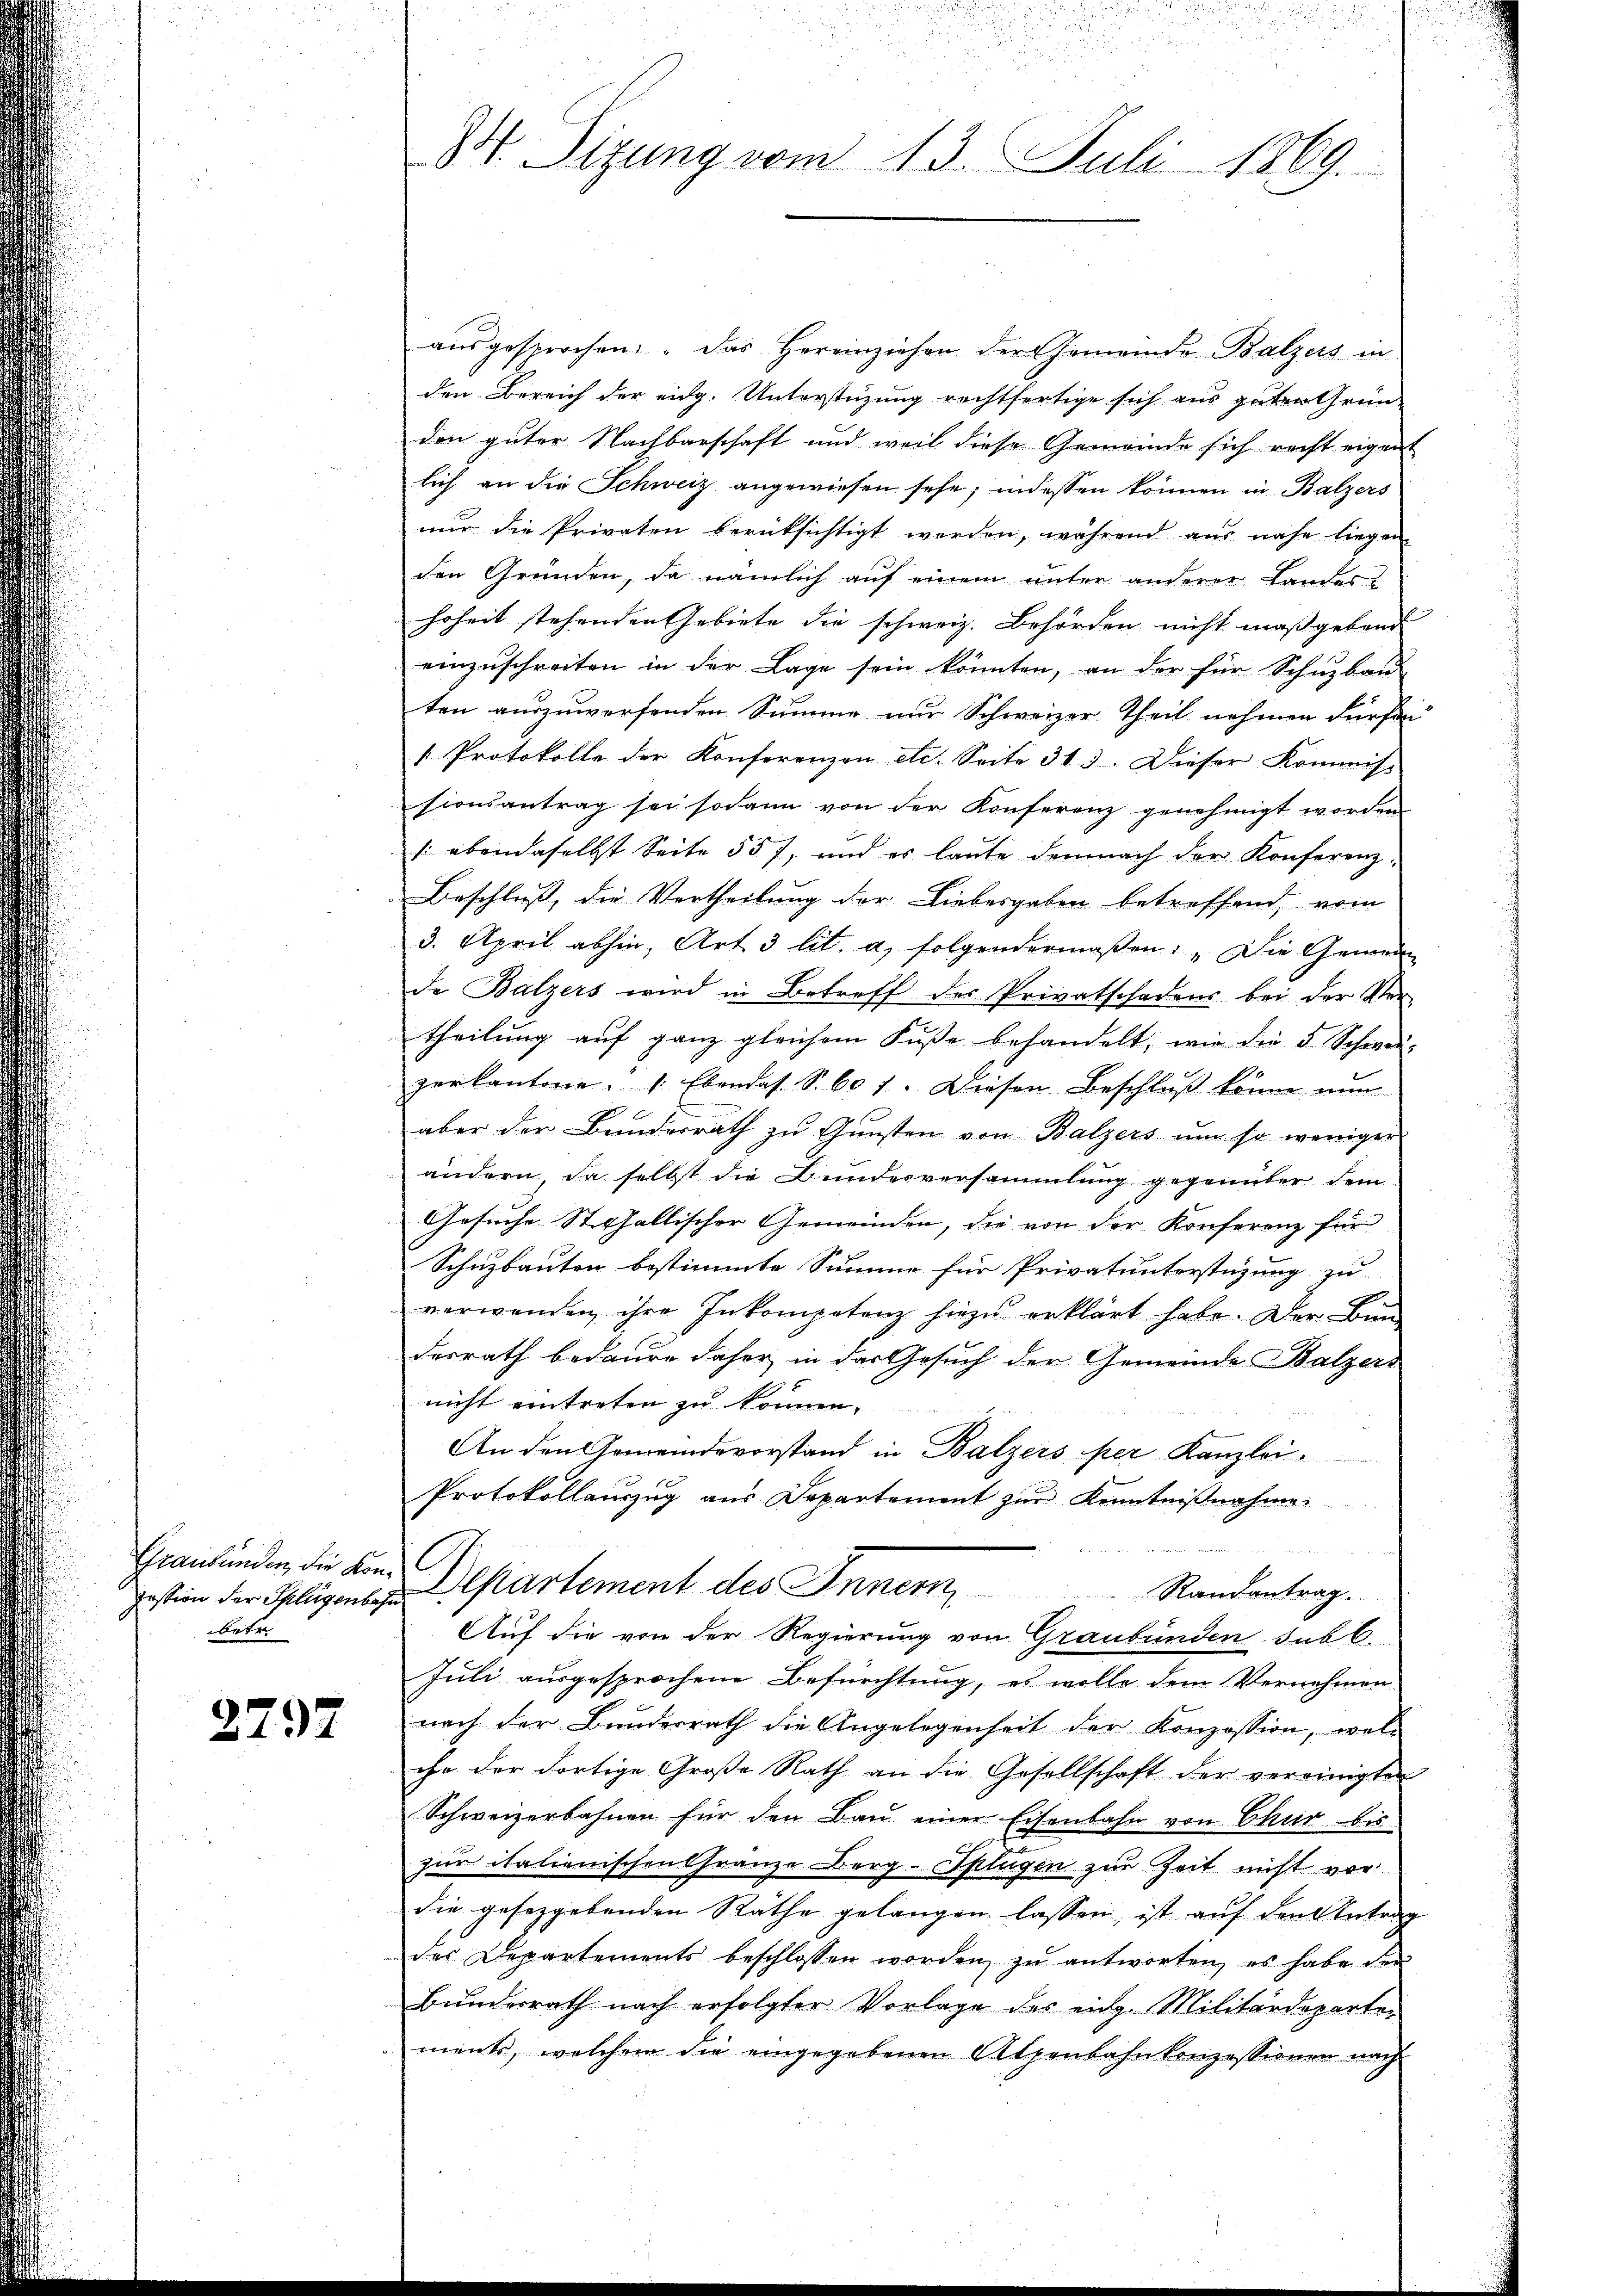
Graubünden, die Konzession der Splügenbahn
betr.

2797

M. Sizung vom 13. Juli 1869.

ausgesprochen: "Das Hereinziehen der Gemeinde Balzers in
den Bereich der eidg. Unterstüzung rechtfertige sich aus guten Grün-
den guter Nachbarschaft und weil diese Gemeinde sich recht eigent
lich an die Schweiz angewiesen sehe; indessen können in Balzers
nur die Privaten berüksichtigt werden, während aus nahe liegen
den Grunden, da nämlich auf einem unter anderer Landes-
hoheit stehenden Gebiete die schweiz. Behörden nicht maßgebend
einzŭschreiten in der Lage sein könnten, an der für Schŭbaŭ
ten auszuwerfenden Summe nur Schweizer Theil nehmen dürfen
[Protokolle der Konferenzen etc. Seite 313. Dieser Kommis-
sionsantrag sei sodann von der Konferenz genehmigt worden
(ebendaselbst Seite 557, und es laute demnach der Konferenz¬
Beschluß, die Vertheilung der Liebesgaben betreffend vom
3. April abhin, Art. 3 lit. a, folgendermaßen: „Die Gemein
de Balzers wird in Betreff des Privatschadens bei der Ver-
theilŭng aŭf ganz gleichem Fŭβe behandelt, wie die 5 Schwei-
zerkantone. Ebendas. S. 601. Diesen Beschluß könne nun
aber der Bundesrath zu Gunsten von Balzers um so weniger
ändern, da selbst die Bundesversammlung gegenüber dem
Gesuche Stefallischer Gemeinden, die von der Konferenz für
Schuzbauten bestimmte Summe für Privatunterstüzung zu
verwenden ihre Inkompetenz hiezu erklärt habe. Der Bund
desrath bedaure daher in das Gesuch der Gemeinde Balzers
nicht eintreten zu können.
An den Gemeindevorstand in Balzers per Kanzlei.
Protokollauszug aus Departement zur Kenntnißnahme
Departement des Innem,
Randantrag.
Auf die von der Regierung von Graubünden sub C.
Juli ausgesprochene Befürchtung, es wolle dem Vernehmen
nach der Bundesrath die Angelegenheit der Konzession, welche der dortige Große Rath an die Gesellschaft der vereinigten
Schweizerbahnen für den Bau einer Eisenbahn von Chur bis
zur italienischen Gränze Berg-Splügen zur Zeit nicht vor
die gesezgebenden Räthe gelangen lassen, ist auf den Antrag
des Departements beschlossen worden zŭ antworten, es habe der
Bundesrath nach erfolgter Vorlage des eidg. Militärdeparte
ments, welchem die eingegebenen Alpenbahnkonzessionen nach